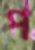
প